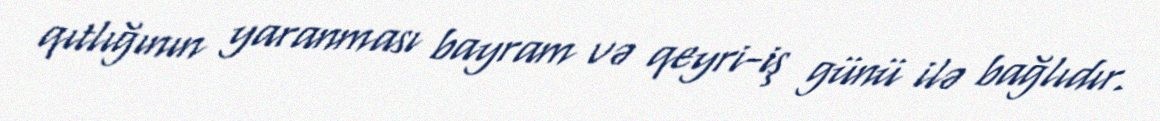
qıtlığının yaranması bayram və qeyri-iş günü ilə bağlıdır.